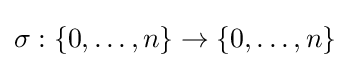
\sigma :\{0,\dots ,n\}\to \{0,\dots ,n\}